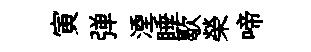
寅弹湮睡歇榮啼